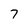
Character: 7